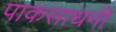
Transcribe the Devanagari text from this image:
पाकसाधनी